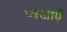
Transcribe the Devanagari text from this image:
ध्वजाएँ